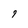
Character: 9